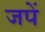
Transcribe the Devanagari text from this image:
जपें